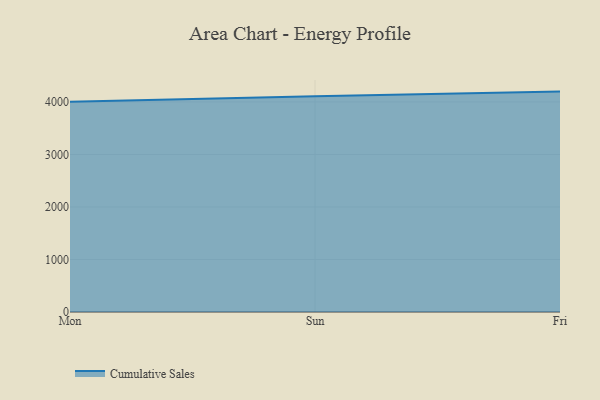
{"axis": {"x": "Day", "y": "Revenue (USD Million)"}, "legend": ["Cumulative Sales"], "data": [{"x": "Mon", "y": 4003.6, "type": "Cumulative Sales"}, {"x": "Sun", "y": 4108.9, "type": "Cumulative Sales"}, {"x": "Fri", "y": 4196.9, "type": "Cumulative Sales"}]}